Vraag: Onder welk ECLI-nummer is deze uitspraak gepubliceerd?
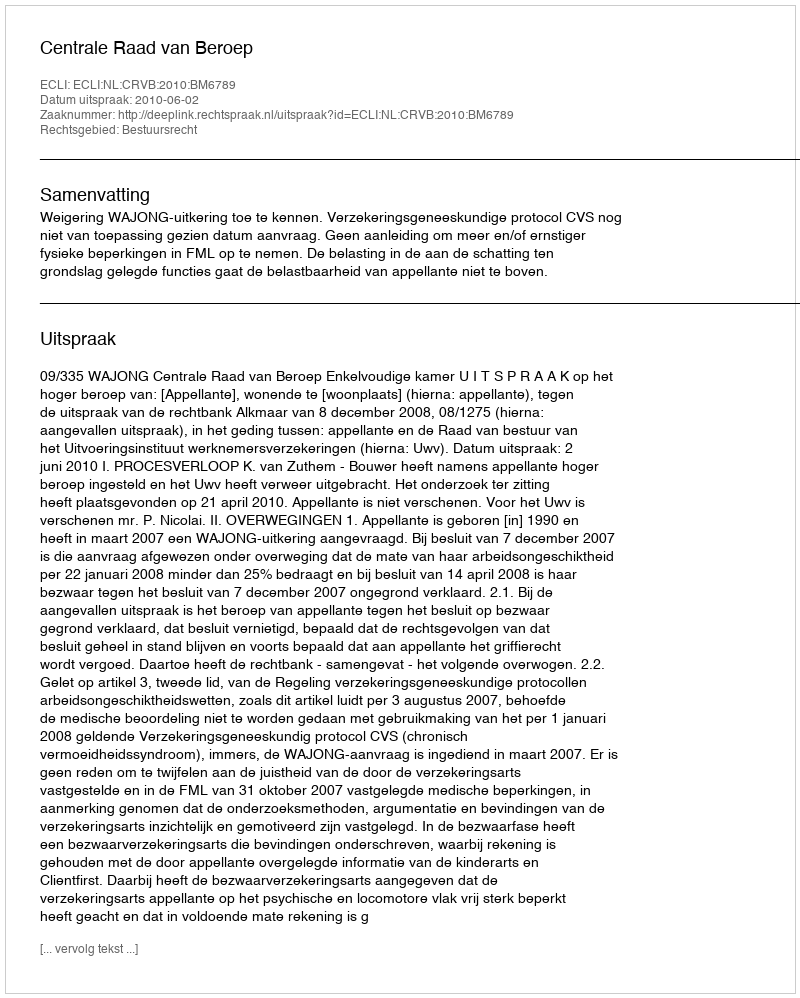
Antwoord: ECLI:NL:CRVB:2010:BM6789